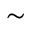
\sim